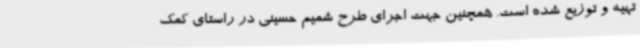
تهیه و توزیع شده است. همچنین جهت اجرای طرح شمیم حسینی در راستای کمک